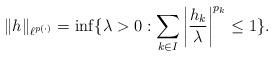
LaTeX: \begin{align*}\|h\|_{\ell^{p(\cdot)}}=\inf\{\lambda >0:\sum\limits_{k\in I}\left|\frac{h_k}{\lambda}\right|^{p_k}\leq 1\}.\end{align*}